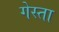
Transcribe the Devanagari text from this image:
गेस्ता